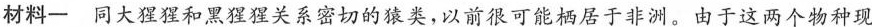
材料一 同大猩猩和黑猩猩关系密切的猿类，以前很可能栖居于非洲。由于这两个物种现